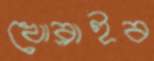
খোব্‌লাইব